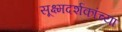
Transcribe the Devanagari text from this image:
सूक्ष्मदर्शकांच्या